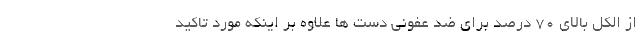
از الکل بالای ۷۰ درصد برای ضد عفونی دست ها علاوه بر اینکه مورد تاکید